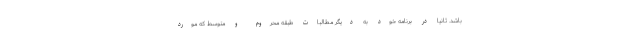
باشد. ثانيا در برنامه خود به ديگر مطالباتِ طبقه محروم و متوسط كه مورد